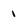
Character: 1